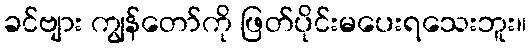
ခင်ဗျား ကျွန်တော်ကို ဖြတ်ပိုင်းမပေးရသေးဘူး။